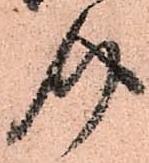
介